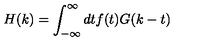
H ( k ) = \int _ { - \infty } ^ { \infty } d t f ( t ) G ( k - t )